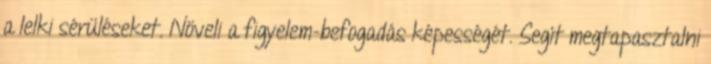
a lelki sérüléseket. Növeli a figyelem-befogadás képességét. Segít megtapasztalni